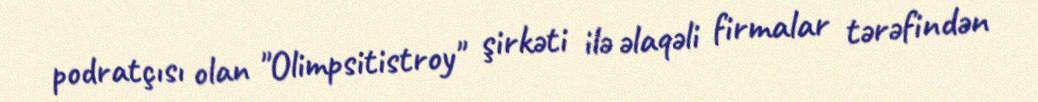
podratçısı olan "Olimpsitistroy" şirkəti ilə əlaqəli firmalar tərəfindən